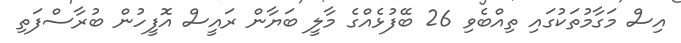
އިސް މަގާމުތަކުގައި ތިއްބެވި 26 ބޭފުޅެއްގެ މާލީ ބަޔާން ރައީސް އޮފީހުން ބުރާސްފަތި